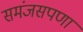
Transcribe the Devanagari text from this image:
समंजसपणा